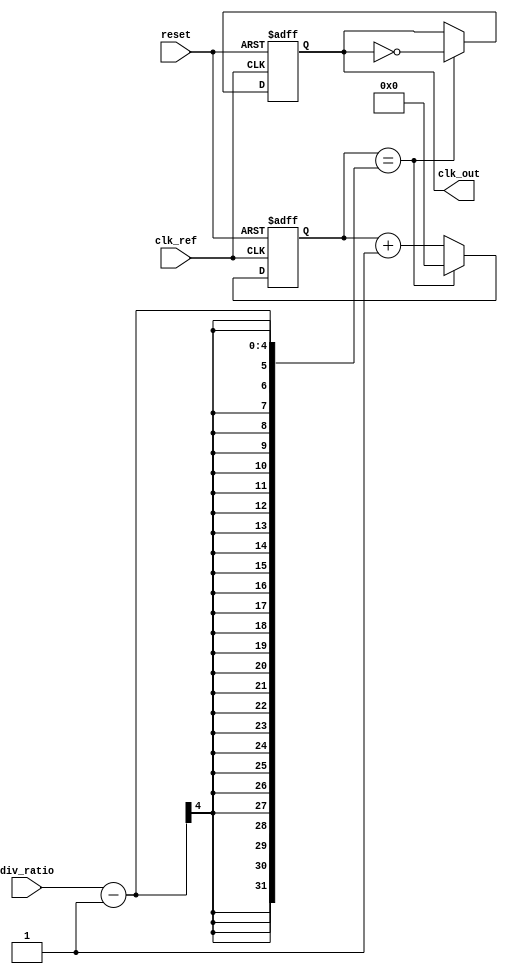
module type2_PLL (
    input wire clk_ref,         // Reference clock input
    input wire reset,           // Asynchronous reset
    input wire [N-1:0] div_ratio, // Division ratio for N-divider
    output reg clk_out          // Output clock
);

parameter N = 4;               // Example division ratio
parameter VCO_MAX_FREQ = 100;  // Maximum VCO frequency
parameter VCO_MIN_FREQ = 10;   // Minimum VCO frequency

// Internal signals
reg [31:0] phase_error;         // Phase error signal from PD
reg [31:0] control_voltage;      // Control voltage for VCO
reg [31:0] vco_output;           // VCO output frequency
reg [31:0] feedback;             // Feedback from divider
reg [31:0] loop_filter_out;      // Output from loop filter

// Phase Detector (PD)
always @(posedge clk_ref or posedge reset) begin
    if (reset) begin
        phase_error <= 0;
    end else begin
        // Simple phase comparison logic (for illustration)
        if (feedback < clk_ref) begin
            phase_error <= phase_error + 1; // Phase lead
        end else if (feedback > clk_ref) begin
            phase_error <= phase_error - 1; // Phase lag
        end
    end
end

// Loop Filter (LF) - Simple first-order filter for demonstration
always @(posedge clk_ref or posedge reset) begin
    if (reset) begin
        control_voltage <= 0;
    end else begin
        // Integrate phase error to produce control voltage
        control_voltage <= control_voltage + phase_error;
        // Limit control voltage to VCO range
        if (control_voltage > VCO_MAX_FREQ) begin
            control_voltage <= VCO_MAX_FREQ;
        end else if (control_voltage < VCO_MIN_FREQ) begin
            control_voltage <= VCO_MIN_FREQ;
        end
    end
end

// Voltage-Controlled Oscillator (VCO)
always @(posedge clk_ref or posedge reset) begin
    if (reset) begin
        vco_output <= VCO_MIN_FREQ; // Start at minimum frequency
    end else begin
        // Adjust VCO output based on control voltage
        vco_output <= control_voltage; // Direct mapping for simplicity
    end
end

// Divider (N-divider)
always @(posedge clk_ref or posedge reset) begin
    if (reset) begin
        feedback <= 0;
        clk_out <= 0;
    end else begin
        // Simple divider logic
        if (feedback == div_ratio - 1) begin
            clk_out <= ~clk_out; // Toggle output clock
            feedback <= 0; // Reset feedback counter
        end else begin
            feedback <= feedback + 1; // Increment feedback counter
        end
    end
end

endmodule